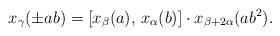
LaTeX: \begin{align*} x_{\gamma}(\pm ab) = [x_{\beta}(a),\, x_{\alpha}(b)] \cdot x_{\beta + 2\alpha}(ab^2). \end{align*}